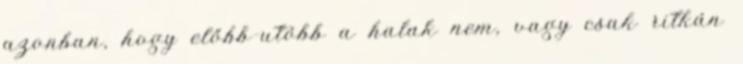
azonban, hogy előbb-utóbb a halak nem, vagy csak ritkán